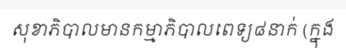
សុខាភិបាលមានកម្មាភិបាលពេទ្យ៨នាក់ (ក្នុង